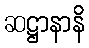
ဆဋ္ဌာနာနိ